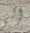
إلى